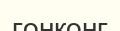
гонконг